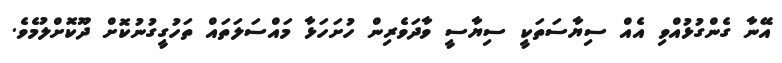
އޭނާ ގެންގުޅުއްވި އެއް ސިޔާސަތަކީ ސިޔާސީ ވާދަވެރިން ހުށަހަޅާ މައްސަލަތައް ތަހުގީގުނުކޮށް ދޫކޮށްލުމެވެ.